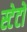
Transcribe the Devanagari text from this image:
स्टेटों